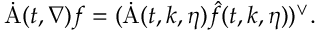
\begin{array} { r } { \dot { \mathrm { A } } ( t , \nabla ) f = ( \dot { \mathrm { A } } ( t , k , \eta ) \hat { f } ( t , k , \eta ) ) ^ { \vee } . } \end{array}